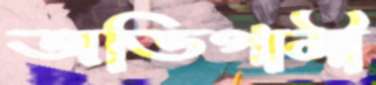
অভিগামী